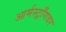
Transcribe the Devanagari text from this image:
आर्मस्ट्राँगवर